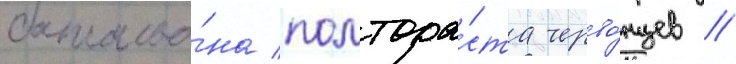
батальо́на полтора́ста черво́нцев //